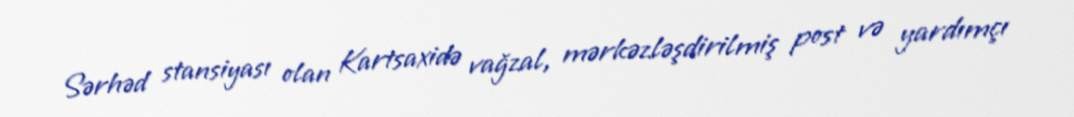
Sərhəd stansiyası olan Kartsaxidə vağzal, mərkəzləşdirilmiş post və yardımçı